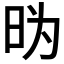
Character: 𱡼